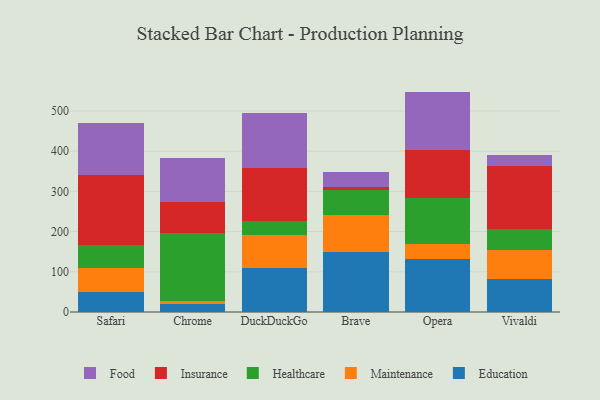
{"axis": {"x": "Browser", "y": "Humidity (%)"}, "legend": ["Education", "Food", "Healthcare", "Insurance", "Maintenance"], "data": [{"x": "Safari", "y": 49.6, "type": "Education"}, {"x": "Safari", "y": 58.6, "type": "Maintenance"}, {"x": "Safari", "y": 57.4, "type": "Healthcare"}, {"x": "Safari", "y": 174.3, "type": "Insurance"}, {"x": "Safari", "y": 130.2, "type": "Food"}, {"x": "Chrome", "y": 20.3, "type": "Education"}, {"x": "Chrome", "y": 8.2, "type": "Maintenance"}, {"x": "Chrome", "y": 168.7, "type": "Healthcare"}, {"x": "Chrome", "y": 75.3, "type": "Insurance"}, {"x": "Chrome", "y": 110.0, "type": "Food"}, {"x": "DuckDuckGo", "y": 108.9, "type": "Education"}, {"x": "DuckDuckGo", "y": 83.4, "type": "Maintenance"}, {"x": "DuckDuckGo", "y": 35.2, "type": "Healthcare"}, {"x": "DuckDuckGo", "y": 130.6, "type": "Insurance"}, {"x": "DuckDuckGo", "y": 136.1, "type": "Food"}, {"x": "Brave", "y": 149.2, "type": "Education"}, {"x": "Brave", "y": 92.4, "type": "Maintenance"}, {"x": "Brave", "y": 62.9, "type": "Healthcare"}, {"x": "Brave", "y": 5.2, "type": "Insurance"}, {"x": "Brave", "y": 38.1, "type": "Food"}, {"x": "Opera", "y": 131.1, "type": "Education"}, {"x": "Opera", "y": 37.5, "type": "Maintenance"}, {"x": "Opera", "y": 115.6, "type": "Healthcare"}, {"x": "Opera", "y": 119.6, "type": "Insurance"}, {"x": "Opera", "y": 144.3, "type": "Food"}, {"x": "Vivaldi", "y": 83.0, "type": "Education"}, {"x": "Vivaldi", "y": 70.8, "type": "Maintenance"}, {"x": "Vivaldi", "y": 52.6, "type": "Healthcare"}, {"x": "Vivaldi", "y": 155.8, "type": "Insurance"}, {"x": "Vivaldi", "y": 29.0, "type": "Food"}]}